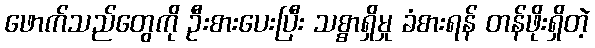
ဖောက်သည်တွေကို ဦးစားပေးပြီး သစ္စာရှိမှု ခံစားရန် တန်ဖိုးရှိတဲ့